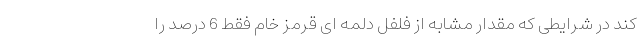
کند در شرایطی که مقدار مشابه از فلفل دلمه ای قرمز خام فقط 6 درصد را